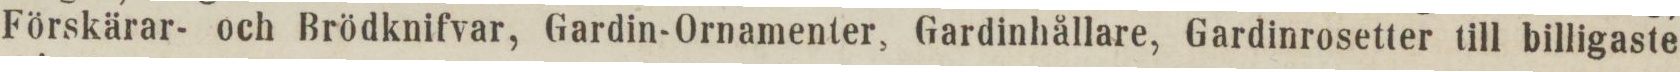
Förskärar- och Brödknifvar, Gardin-Ornamenter, Gardinhållare, Gardinrosetter till billigaste